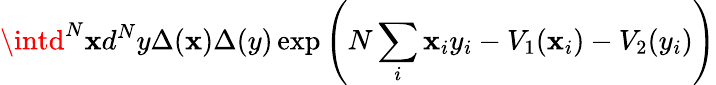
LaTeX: \intd^{N}\mathbf{x}d^{N}y\Delta(\mathbf{x})\Delta(y)\exp\left(N\sum_{i}\mathbf{x}_{i}y_{i}-V_{1}(\mathbf{x}_{i})-V_{2}(y_{i})\right)